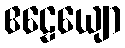
ဧဠေယျော